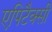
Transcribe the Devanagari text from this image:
एपिटैक्सी